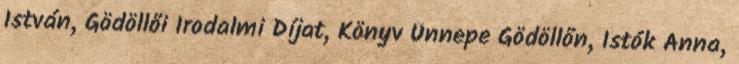
István, Gödöllői Irodalmi Díjat, Könyv Ünnepe Gödöllőn, Istók Anna,